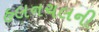
હલનચલની